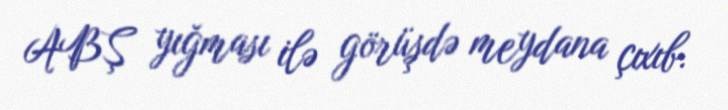
ABŞ yığması ilə görüşdə meydana çıxıb.